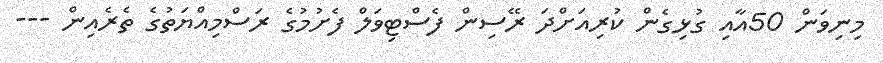
މިނިވަން 50އާއި ގުޅިގެން ކުރިއަށްދަ ރޭސިން ފެސްޓިވަލް ފެށުމުގެ ރަސްމިއްޔަތުގެ ތެރެއިން ---